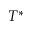
T ^ { * }